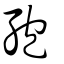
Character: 孢